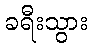
ခရီးသွား